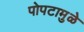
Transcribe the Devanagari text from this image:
पोपटामुळे